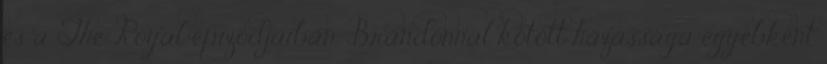
és a The Royal epizódjaiban. Brandonnal kötött házassága egyébként